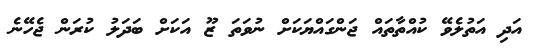
އަދި އަތުލެވޭ ކުއްތާތައް ޖަންގައްޔަކަށް ނުވަތަ ޒޫ އަކަށް ބަދަލު ކުރަން ޖެހޭނެ